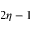
2 \eta - 1